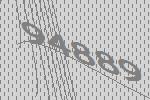
94889